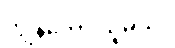
ကျွန်တော် ယူမယ်။